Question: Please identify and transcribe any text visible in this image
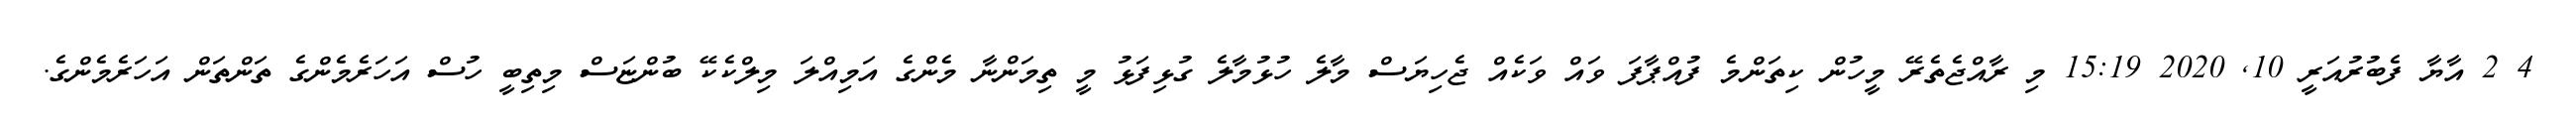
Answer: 4 2 އާޔާ ފެބުރުއަރީ 10, 2020 15:19 މި ރާއްޖެތެރޭ މީހުން ކިތަންމެ ފުއްޕާފަ ވައް ވަކެއް ޖެހިޔަސް މާލެ ހުޅުމާލެ ގުޅިފަޅު މީ ތިމަންނާ މެންގެ އަމިއްލަ މިލްކެކޭ ބުންޏަސް މިތިބީ ހުސް އަހަރެމެންގެ ތަންތަން އަހަރެމެންގެ.